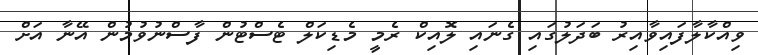
ވިއްކާލާފައިވާއިރު ބަދަލުގައި ގެނައި ލޮއިކް ރެމީ މެޑިކަލް ޓެސްޓުން ފާސްނުވުމުން އޭނާ އަށް